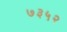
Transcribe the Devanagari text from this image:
७३५२